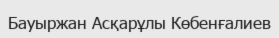
Бауыржан Асқарұлы Көбенғалиев